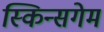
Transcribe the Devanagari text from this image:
स्किन्सगेम